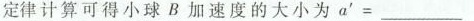
定律计算可得小球 B 加速度的大小为$$a ’ = ___